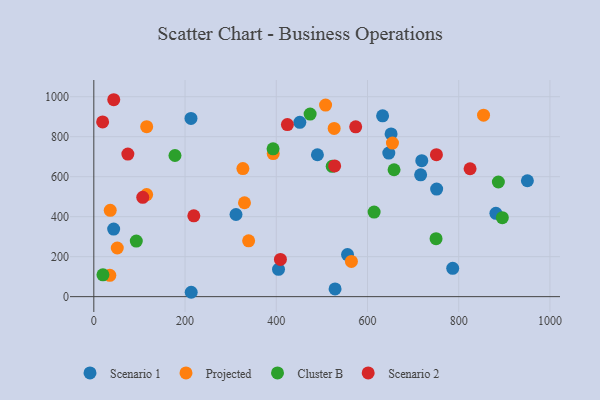
{"axis": {"x": "Investment", "y": "Rating"}, "legend": ["Cluster B", "Projected", "Scenario 1", "Scenario 2"], "data": [{"x": "451.6", "y": 871.8, "type": "Scenario 1"}, {"x": "716.5", "y": 609.5, "type": "Scenario 1"}, {"x": "43.5", "y": 337.8, "type": "Scenario 1"}, {"x": "651.7", "y": 813.8, "type": "Scenario 1"}, {"x": "719.0", "y": 679.9, "type": "Scenario 1"}, {"x": "751.6", "y": 538.2, "type": "Scenario 1"}, {"x": "556.2", "y": 210.3, "type": "Scenario 1"}, {"x": "311.7", "y": 410.9, "type": "Scenario 1"}, {"x": "213.0", "y": 891.4, "type": "Scenario 1"}, {"x": "881.5", "y": 417.0, "type": "Scenario 1"}, {"x": "646.7", "y": 718.3, "type": "Scenario 1"}, {"x": "786.8", "y": 141.6, "type": "Scenario 1"}, {"x": "528.9", "y": 38.8, "type": "Scenario 1"}, {"x": "213.5", "y": 21.9, "type": "Scenario 1"}, {"x": "490.2", "y": 709.6, "type": "Scenario 1"}, {"x": "633.1", "y": 904.4, "type": "Scenario 1"}, {"x": "950.5", "y": 579.6, "type": "Scenario 1"}, {"x": "404.9", "y": 136.7, "type": "Scenario 1"}, {"x": "115.9", "y": 849.9, "type": "Projected"}, {"x": "326.8", "y": 640.4, "type": "Projected"}, {"x": "654.7", "y": 768.0, "type": "Projected"}, {"x": "339.4", "y": 279.1, "type": "Projected"}, {"x": "36.0", "y": 431.7, "type": "Projected"}, {"x": "330.3", "y": 469.7, "type": "Projected"}, {"x": "564.7", "y": 176.4, "type": "Projected"}, {"x": "508.1", "y": 958.0, "type": "Projected"}, {"x": "526.9", "y": 841.4, "type": "Projected"}, {"x": "854.4", "y": 907.4, "type": "Projected"}, {"x": "35.1", "y": 106.7, "type": "Projected"}, {"x": "115.8", "y": 510.7, "type": "Projected"}, {"x": "51.4", "y": 243.4, "type": "Projected"}, {"x": "393.3", "y": 715.7, "type": "Projected"}, {"x": "474.2", "y": 913.0, "type": "Cluster B"}, {"x": "895.6", "y": 395.0, "type": "Cluster B"}, {"x": "614.5", "y": 422.9, "type": "Cluster B"}, {"x": "658.2", "y": 634.6, "type": "Cluster B"}, {"x": "522.6", "y": 651.8, "type": "Cluster B"}, {"x": "20.0", "y": 109.1, "type": "Cluster B"}, {"x": "93.1", "y": 278.0, "type": "Cluster B"}, {"x": "177.9", "y": 705.9, "type": "Cluster B"}, {"x": "750.3", "y": 290.1, "type": "Cluster B"}, {"x": "393.0", "y": 739.2, "type": "Cluster B"}, {"x": "886.9", "y": 573.4, "type": "Cluster B"}, {"x": "409.1", "y": 186.1, "type": "Scenario 2"}, {"x": "74.6", "y": 713.2, "type": "Scenario 2"}, {"x": "528.0", "y": 653.8, "type": "Scenario 2"}, {"x": "751.1", "y": 710.0, "type": "Scenario 2"}, {"x": "824.9", "y": 639.8, "type": "Scenario 2"}, {"x": "219.2", "y": 404.3, "type": "Scenario 2"}, {"x": "43.7", "y": 984.9, "type": "Scenario 2"}, {"x": "424.4", "y": 860.6, "type": "Scenario 2"}, {"x": "107.3", "y": 497.0, "type": "Scenario 2"}, {"x": "19.3", "y": 873.7, "type": "Scenario 2"}, {"x": "574.1", "y": 849.3, "type": "Scenario 2"}]}